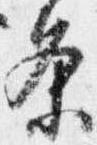
条